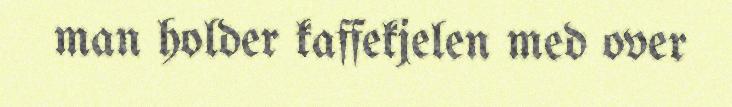
man holder kaffekjelen med over